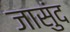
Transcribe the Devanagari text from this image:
जासुंद